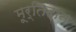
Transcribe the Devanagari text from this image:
मूर्तिदान